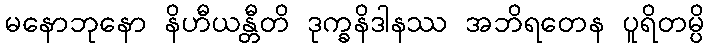
မနောဘုနော နိဟီယန္တီတိ ဒုက္ခနိဒါနဿ အဘိရတေန ပူရိတမ္ပိ